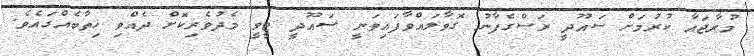
މުރާޖައާ ކުރުމަށް ސައޫދީ ރަސްގެފާނު ގޮވާލައްވާފައިވަނީ ސައޫދީ ޓީވީ މެދުވެރިކޮށް ދެއްވި ޚިތާބެއްގައެވެ.